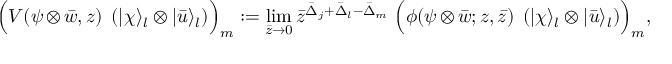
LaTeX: \Bigl ( V ( \psi \otimes \bar { w } , z ) \; \left( | \chi \rangle _ { l } \otimes | \bar { u } \rangle _ { l } \right) \Bigr ) _ { m } : = \operatorname * { l i m } _ { \bar { z } \rightarrow 0 } \bar { z } ^ { \bar { \Delta } _ { j } + \bar { \Delta } _ { l } - \bar { \Delta } _ { m } } \; \Bigl ( \phi ( \psi \otimes \bar { w } ; z , \bar { z } ) \; \left( | \chi \rangle _ { l } \otimes | \bar { u } \rangle _ { l } \right) \Bigr ) _ { m } ,